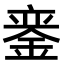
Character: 𫒣